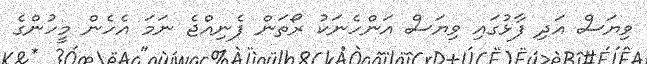
ވިޔަސް އަދި ފާޅުގައި ވިޔަސް އަންހެނަކު ރޯތަން ފެނިއްޖެ ނަމަ އެހެން މީހުންގެ